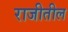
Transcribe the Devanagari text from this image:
राजीतील